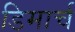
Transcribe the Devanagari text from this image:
डिमार्च